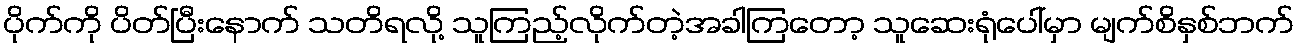
ပိုက်ကို ပိတ်ပြီးနောက် သတိရလို့ သူကြည့်လိုက်တဲ့အခါကြတော့ သူဆေးရုံပေါ်မှာ မျက်စိနှစ်ဘက်